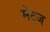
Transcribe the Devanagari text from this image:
मेट्ज